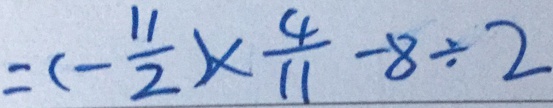
= ( - \frac { 1 1 } { 2 } ) \times \frac { 4 } { 1 1 } - 8 \div 2